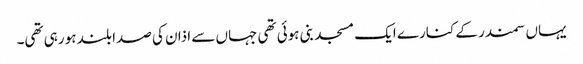
یہاں سمندر کے کنارے ایک مسجد بنی ہوئی تھی جہاں سے اذان کی صدا بلند ہو رہی تھی۔